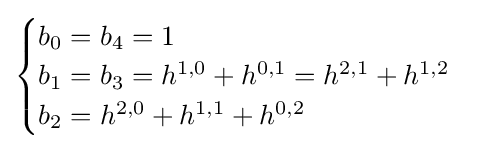
{\begin{cases}b_{0}=b_{4}=1\\b_{1}=b_{3}=h^{1,0}+h^{0,1}=h^{2,1}+h^{1,2}\\b_{2}=h^{2,0}+h^{1,1}+h^{0,2}\end{cases}}